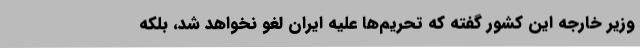
وزیر خارجه این کشور گفته که تحریم‌ها علیه ایران لغو نخواهد شد، بلکه